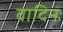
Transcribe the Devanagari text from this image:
वादिनः